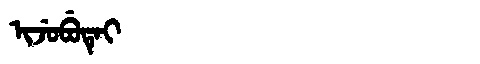
Manchu: ᡳᠵᡠᠪᡠᡨᡝᡳ
Romanization: IJUBUTEI